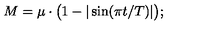
M = \mu \cdot \bigl ( 1 - | \sin ( \pi t / T ) | \bigr ) ;